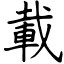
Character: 載